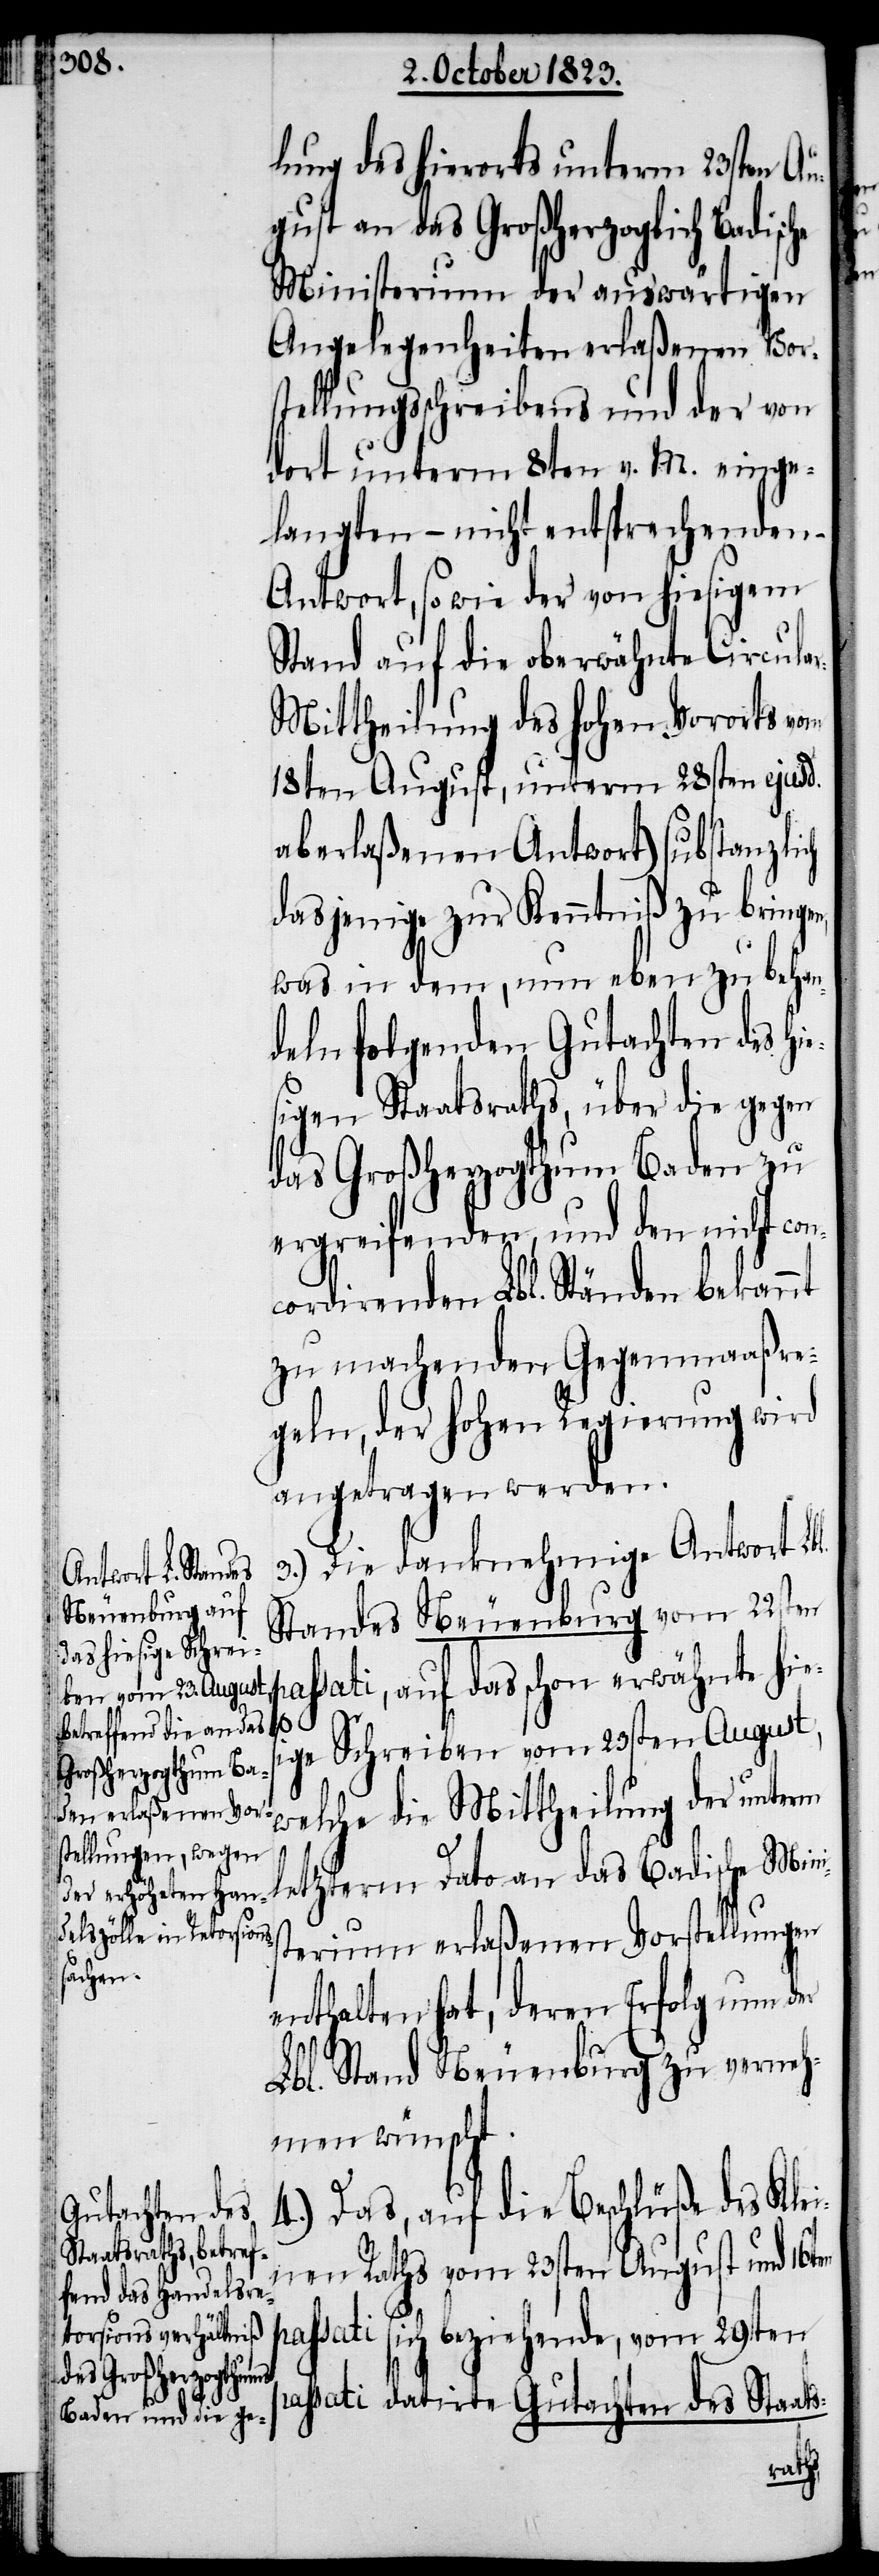
lung des hierorts unterm 23sten Au¬
gust an das Großherzoglich Badisc¬
Ministerium der auswärtigen
Angelegenheiten erlaßenen Vors¬
tellungsschreibens und der von
dort unterm 8ten v. M. einge¬
langten – nicht entsprechenden
Antwort, sowie der von hiesigem
Stand auf die oberwähnte Circula¬
r-Mittheilung des hohen Vororts vom
18ten August, unterm 28sten ejusd.
aberlaßenen Antwort) substanzlich
dasjenige zur Kenntniß zu bringen,
was in dem, nun eben zu behan¬
deln folgenden Gutachten des hi¬
sigen Staatsraths, über die gegen
das Großherzogthum Baden zu
ergreifenden, und den nicht con¬
cordirenden Lbl. Ständen bekannt
zu machenden Gegenmaaßre¬
geln, der hohen Regierung wird
angetragen werden.
3.) Die danknehmige Antwort Lbl.
Standes Neuenburg vom 22sten
passati, auf das schon erwähnte hie¬
pa¬
Schreiben vom 23sten August,
sige
welche die Mittheilung der unterm
letzterm Dato an das Badische Mini¬
sterium erlaßenen Vorstellungen
enthalten hat, deren Erfolg nun der
Lbl. Stand Neuenburg zu verneh¬
men wünscht.
4.) Das, auf die Beschlüße des Klei¬
nen Raths vom 23sten August und 16ten
ssati sich beziehende, vom 29sten
passati datirte Gutachten des Staats-